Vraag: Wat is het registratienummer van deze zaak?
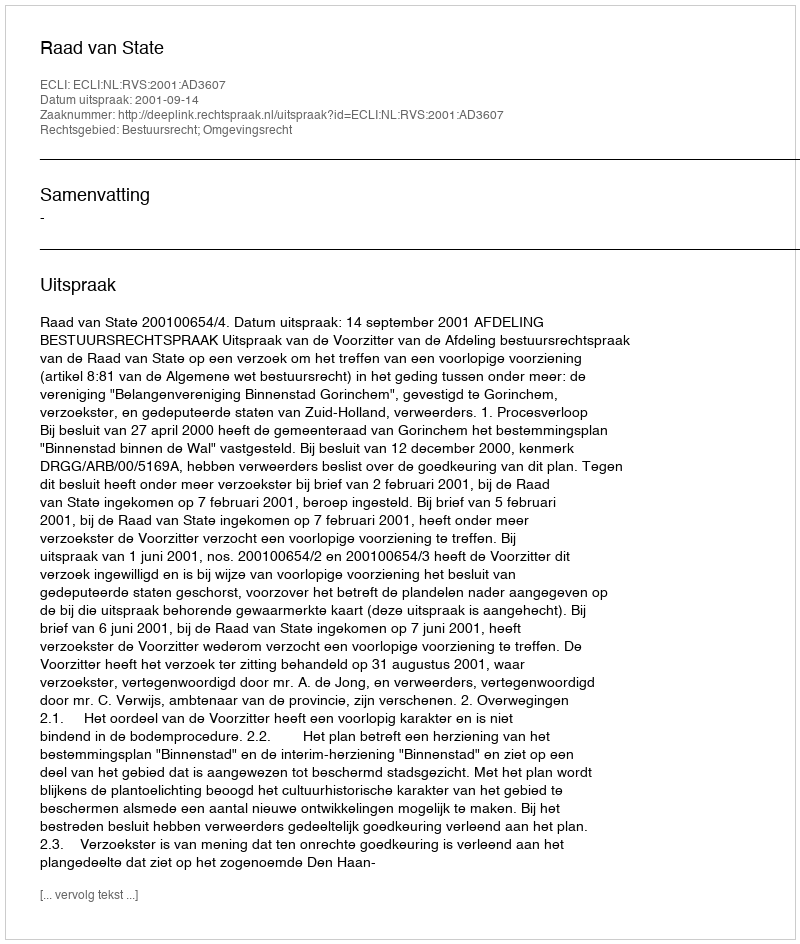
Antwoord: http://deeplink.rechtspraak.nl/uitspraak?id=ECLI:NL:RVS:2001:AD3607